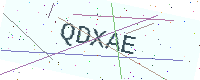
Text: QDXAE